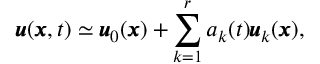
\pmb { u } ( \pmb { x } , t ) \simeq \pmb { u } _ { 0 } ( \pmb { x } ) + \sum _ { k = 1 } ^ { r } a _ { k } ( t ) \pmb { u } _ { k } ( \pmb { x } ) ,